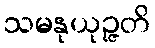
သမနုယုဉ္ဇတိ